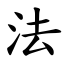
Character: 法